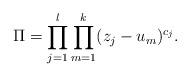
LaTeX: \begin{align*}\Pi = \prod_{j=1}^l \prod_{m=1}^k (z_j - u_m)^{c_j}.\end{align*}